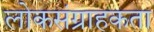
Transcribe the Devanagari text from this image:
लोकसंग्राहकता